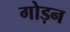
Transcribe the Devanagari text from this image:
गोड़न